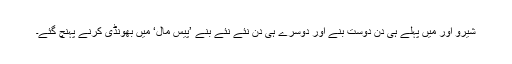
شیرو اور میں پہلے ہی دن دوست بنے اور دوسرے ہی دن نئے نئے بنے ’پیس مال‘ میں بھونڈی کرنے پہنچ گئے۔